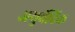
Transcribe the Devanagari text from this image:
अयुर्वेदिक